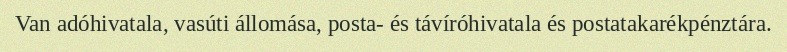
Van adóhivatala, vasúti állomása, posta- és távíróhivatala és postatakarékpénztára.